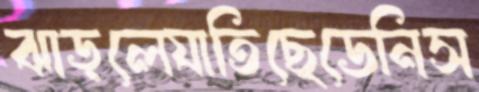
ঝাড়লেযাতিছেডেনিস